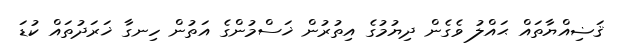
ޤަޟިއްޔާތައް ޙައްލު ވެގެން ދިޔުމުގެ އިތުރުން ޚަސްމުންގެ އަތުން ހިނގާ ޚަރަދުތައް ކުޑަ